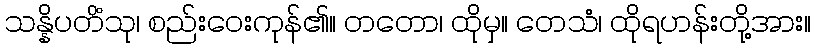
သန္နိပတိံသု၊ စည်းဝေးကုန်၏။ တတော၊ ထိုမှ။ တေသံ၊ ထိုရဟန်းတို့အား။